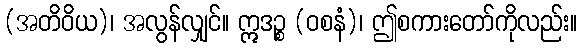
(အတိဝိယ)၊ အလွန်လျှင်။ ဣဒဉ္စ (ဝစနံ)၊ ဤစကားတော်ကိုလည်း။